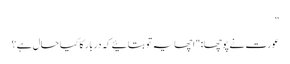
”
عورت نے پوچھا: "اچھا یہ تو بتائیے کہ دربار کا کیا حال ہے؟